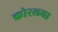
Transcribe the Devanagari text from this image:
कोरलचा